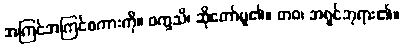
အကြင်အကြင်စကားကို။ ဝက္ခသိ၊ ဆိုတော်မူ၏။ တဝ၊ အရှင်ဘုရား၏။